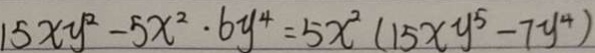
1 5 x y ^ { 2 } - 5 x ^ { 2 } \cdot 6 y ^ { 4 } = 5 x ^ { 2 } ( 1 5 x y ^ { 5 } - 7 y ^ { 4 } )